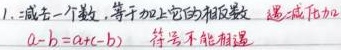
减去一个数，等于加上它的相反数  遇减加加
\(a - b=a+(-b)\)  符号不能相遇